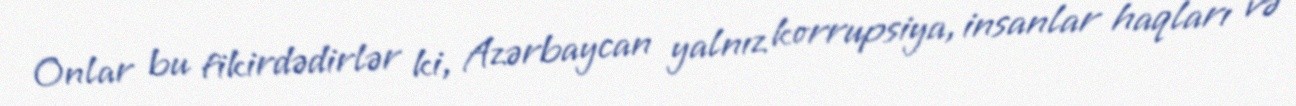
Onlar bu fikirdədirlər ki, Azərbaycan yalnız korrupsiya, insanlar haqları və